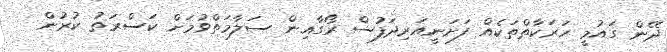
ދޭން ގައުމީ ހަރަކާތްތަކެއް ފަށަނީއަރިދަފުސް ރޯގާއިން ސަލާމަތްވުމަށް ކަސްރަތު ކުރުން